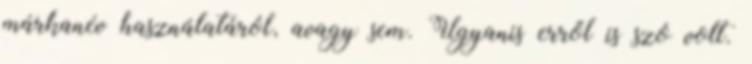
márkanév használatáról, avagy sem. Ugyanis erről is szó volt.